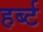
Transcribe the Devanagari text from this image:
हर्ब्ट